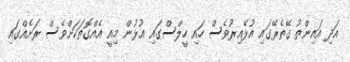
އަދި އައިންތު ގޭތެރޭގައި އުޅޭއިރުވެސް ހައި ހީލްސްގައި އުޅުން މިއީ އެއްގޮތަކަށްވެސް ރަށެއްގައި